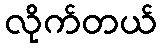
လိုက်တယ်